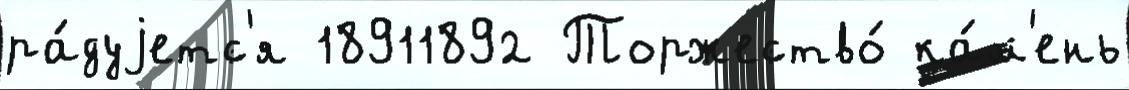
ра́дуjетс'я 18911892 Торжество́ ка́м'ень